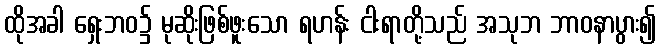
ထိုအခါ ရှေးဘဝ၌ မုဆိုးဖြစ်ဖူးသော ရဟန်း ငါးရာတို့သည် အသုဘ ဘာဝနာပွား၍